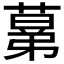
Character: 𦸫